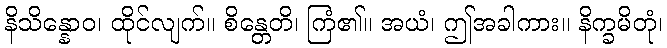
နိသိန္နောဝ၊ ထိုင်လျက်။ စိန္တေတိ၊ ကြံ၏။ အယံ၊ ဤအခါကား။ နိက္ခမိတုံ၊